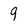
Character: 9